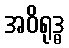
အဝိရုဒ္ဓ